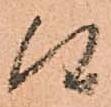
候